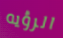
الرؤيه